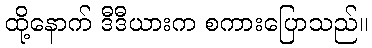
ထို့နောက် ဒီဒီယားက စကားပြောသည်။